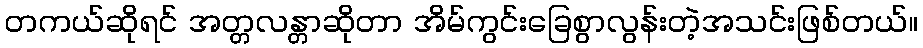
တကယ်ဆိုရင် အတ္တလန္တာဆိုတာ အိမ်ကွင်းခြေစွာလွန်းတဲ့အသင်းဖြစ်တယ်။